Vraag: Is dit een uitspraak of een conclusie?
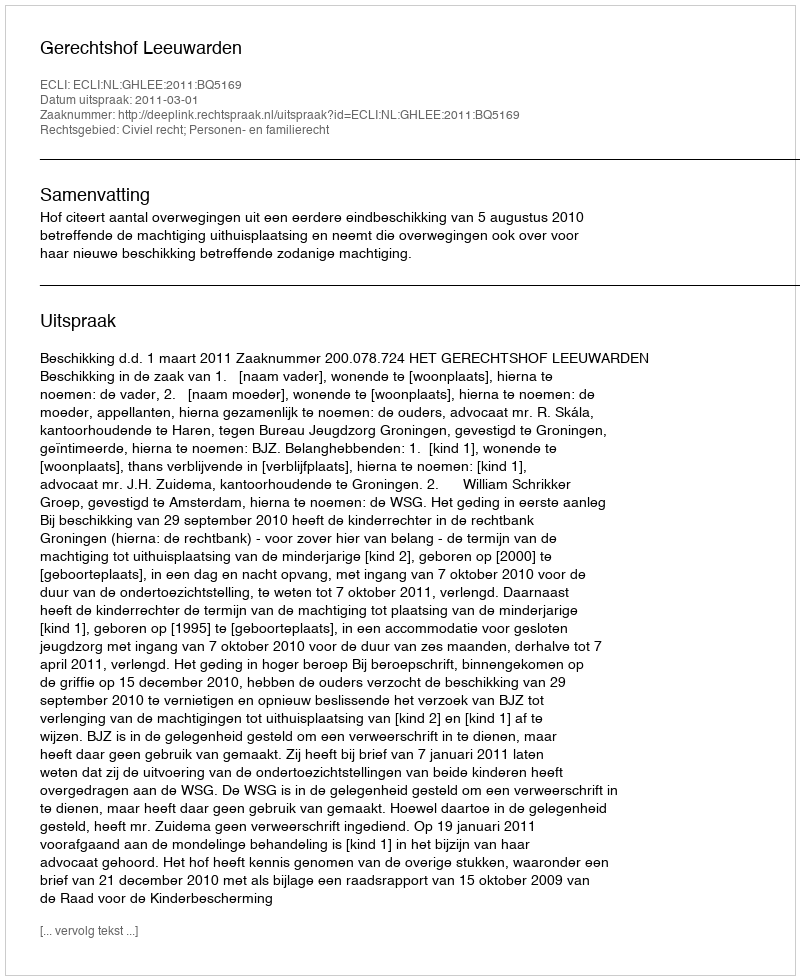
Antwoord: Uitspraak